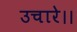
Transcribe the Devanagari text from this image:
उचारे।।